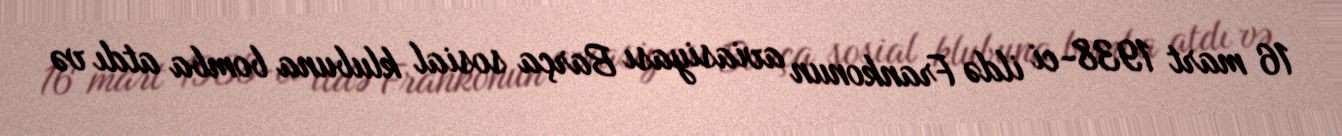
16 mart 1938-ci ildə Frankonun aviasiyası Barça sosial klubuna bomba atdı və